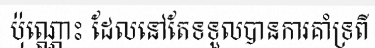
ប៉ុណ្ណោះ ដែលនៅតែទទួលបានការគាំទ្រពី